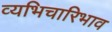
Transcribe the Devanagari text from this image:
व्यभिचारिभाव